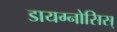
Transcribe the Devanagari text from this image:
डायग्नोसिस्